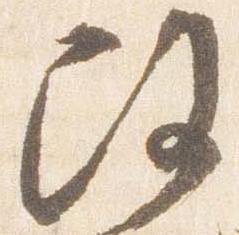
改